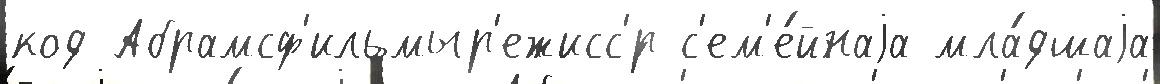
код Абрамсф'ильмыр'ежисс'́р с'ем'е́йнаjа мла́дшаjа